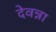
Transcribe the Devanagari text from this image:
देवन्ना